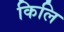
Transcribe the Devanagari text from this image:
किलि